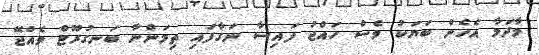
މާދަމާ އެހެން ބަޔަކު ވެސް ހައްޖު ފައިސާ ނަގާފައި ތިމަންނާ ބަނގުރޫޓް ވެއްޖޭ